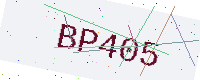
Text: BP405